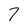
Character: 7